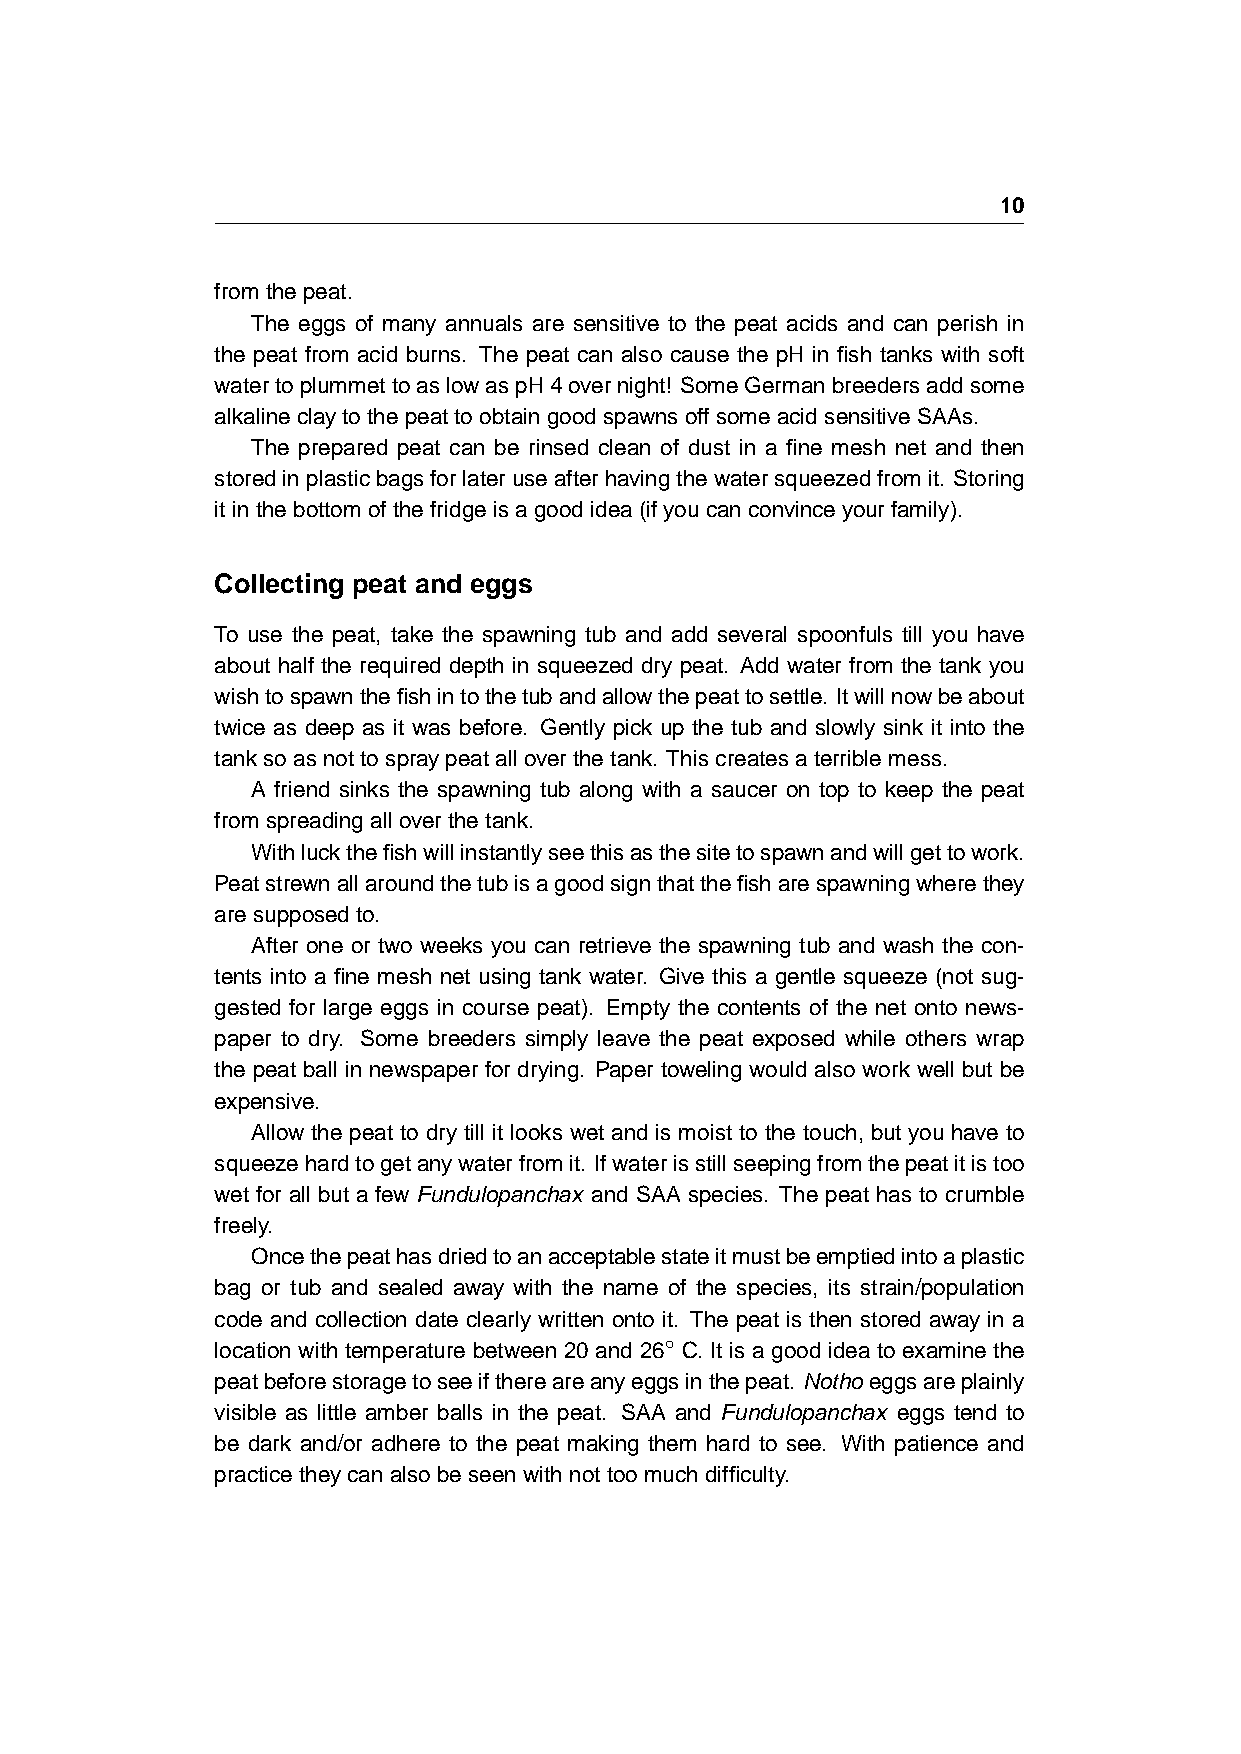
10
 fromthepeat.
 The eggs of many annuals are sensitive to the peat acids and can perish in
 the peat from acid burns. The peat can also cause the pH in fish tanks with soft
 watertoplummettoaslowaspH4overnight! SomeGermanbreedersaddsome
 alkalineclaytothepeattoobtaingoodspawnsoffsomeacidsensitiveSAAs.
 The prepared peat can be rinsed clean of dust in a fine mesh net and then
 storedinplasticbagsforlateruseafterhavingthewatersqueezedfromit. Storing
 itinthebottomofthefridgeisagoodidea(ifyoucanconvinceyourfamily).
 Collecting peat and eggs
 To use the peat, take the spawning tub and add several spoonfuls till you have
 about half the required depth in squeezed dry peat. Add water from the tank you
 wishtospawnthefishintothetubandallowthepeattosettle. Itwillnowbeabout
 twice as deep as it was before. Gently pick up the tub and slowly sink it into the
 tanksoasnottospraypeatalloverthetank. Thiscreatesaterriblemess.
 A friend sinks the spawning tub along with a saucer on top to keep the peat
 fromspreadingalloverthetank.
 Withluckthefishwillinstantlyseethisasthesitetospawnandwillgettowork.
 Peatstrewnallaroundthetubisagoodsignthatthefisharespawningwherethey
 aresupposedto.
 After one or two weeks you can retrieve the spawning tub and wash the con-
 tents into a fine mesh net using tank water. Give this a gentle squeeze (not sug-
 gested for large eggs in course peat). Empty the contents of the net onto news-
 paper to dry. Some breeders simply leave the peat exposed while others wrap
 the peat ball in newspaper for drying. Paper toweling would also work well but be
 expensive.
 Allow the peat to dry till it looks wet and is moist to the touch, but you have to
 squeezehardtogetanywaterfromit. Ifwaterisstillseepingfromthepeatitistoo
 wet for all but a few Fundulopanchax and SAA species. The peat has to crumble
 freely.
 Oncethepeathasdriedtoanacceptablestateitmustbeemptiedintoaplastic
 bag or tub and sealed away with the name of the species, its strain/population
 code and collection date clearly written onto it. The peat is then stored away in a
 ◦
 location with temperature between 20 and 26 C. It is a good idea to examine the
 peatbeforestoragetoseeifthereareanyeggsinthepeat. Nothoeggsareplainly
 visible as little amber balls in the peat. SAA and Fundulopanchax eggs tend to
 be dark and/or adhere to the peat making them hard to see. With patience and
 practicetheycanalsobeseenwithnottoomuchdifficulty.